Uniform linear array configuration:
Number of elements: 48
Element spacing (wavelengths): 0.25
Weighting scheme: hamming
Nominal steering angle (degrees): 45
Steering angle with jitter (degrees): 44.111
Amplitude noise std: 0.05
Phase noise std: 0.05

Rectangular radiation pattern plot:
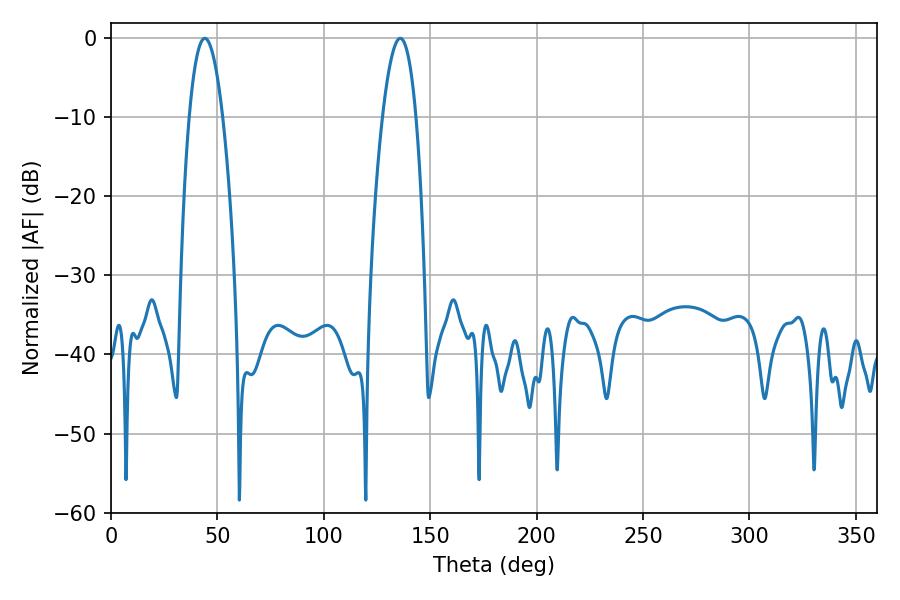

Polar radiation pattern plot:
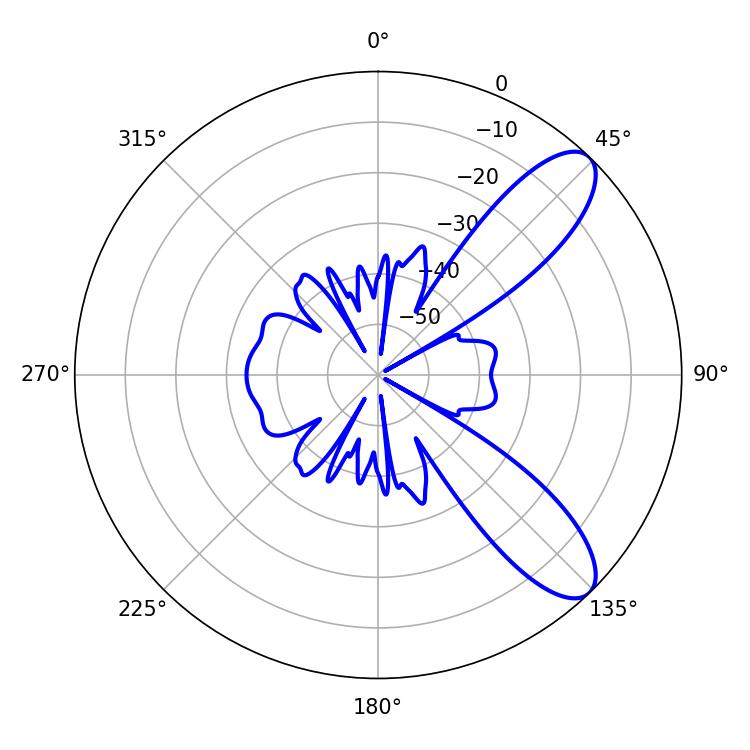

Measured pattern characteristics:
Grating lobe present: FALSE
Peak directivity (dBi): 9.454
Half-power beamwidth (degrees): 8.64
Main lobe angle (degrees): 44.1